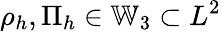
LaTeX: \rho_{h},\Pi_{h}\in\mathbb{W}_{3}\subset L^{2}